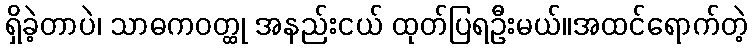
ရှိခဲ့တာပဲ၊ သာဓကဝတ္ထု အနည်းငယ် ထုတ်ပြရဦးမယ်။အထင်ရောက်တဲ့